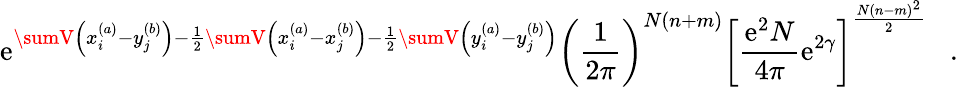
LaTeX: \mathrm{e}^{\sumV\left(x_{i}^{(a)}-y_{j}^{(b)}\right)-\frac{{1}}{{2}}\sumV\left(x_{i}^{(a)}-x_{j}^{(b)}\right)-\frac{{1}}{{2}}\sumV\left(y_{i}^{(a)}-y_{j}^{(b)}\right)}\left(\frac{{1}}{{2\pi}}\right)^{N(n+m)}\left[\frac{{\mathrm{e}^{2}N}}{{4\pi}}\mathrm{e}^{2\gamma}\right]^{\frac{{N(n-m)^{2}}}{{2}}}\; \; \; .